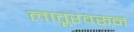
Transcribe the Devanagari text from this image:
लातूरवरून